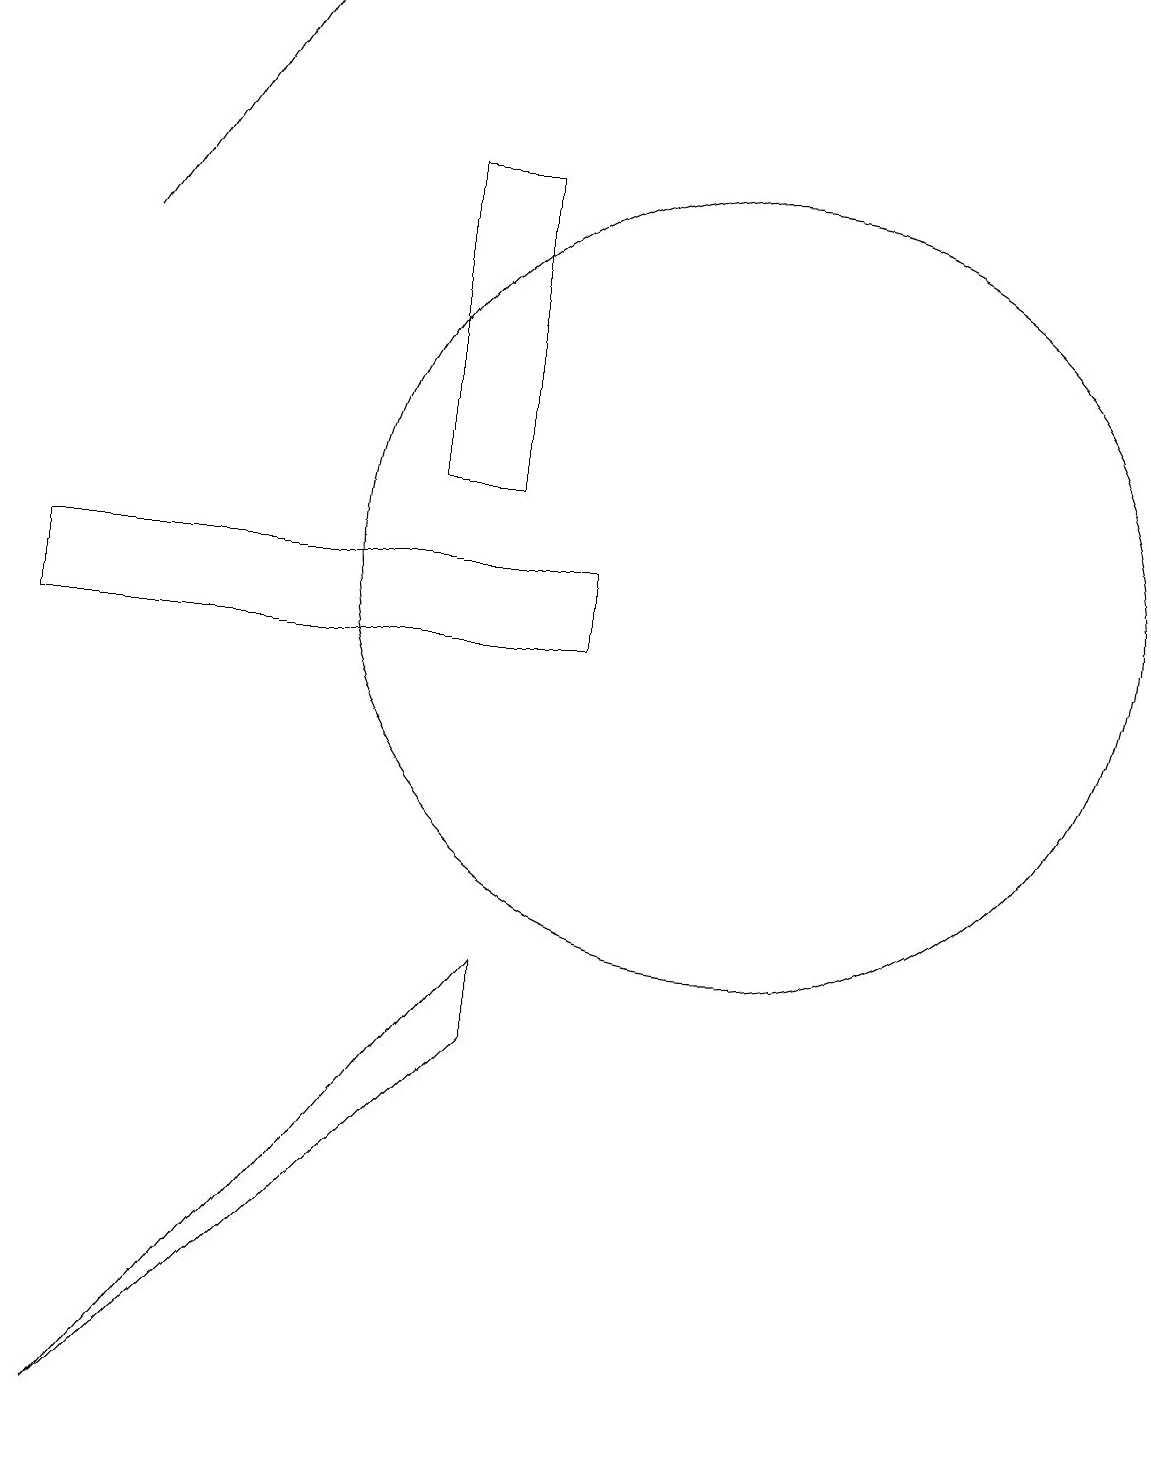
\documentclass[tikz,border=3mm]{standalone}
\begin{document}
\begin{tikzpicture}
\draw (8,10) rectangle (1,11);
\draw (6,16) rectangle (7,12);
\draw (10,11) circle (5);
\draw[->] (2,15) -- (4,18);
\draw (2,0) -- (7,6) -- (7,5) -- cycle;
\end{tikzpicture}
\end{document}